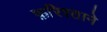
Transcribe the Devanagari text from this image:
फ़रिश्ताने